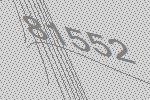
81552